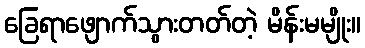
ခြေရာဖျောက်သွားတတ်တဲ့ မိန်းမမျိုး။